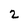
Character: 2